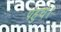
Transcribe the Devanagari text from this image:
पंहुचे।